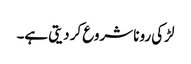
لڑکی رونا شروع کر دیتی ہے۔